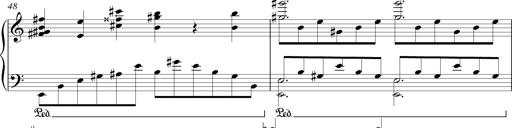
Title: LiebestrÃ¤ume
Composer: Franz Behr
Key: E-flat major